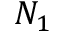
N _ { 1 }